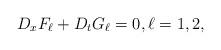
LaTeX: \begin{align*}D_x F_\ell+D_t G_\ell=0,\ell=1,2,\end{align*}